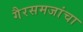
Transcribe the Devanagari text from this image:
गैरसमजांचा